Civil Veterinary Dept. Bombay admin report 1907-1913 - 1907-1913
Year: 1907
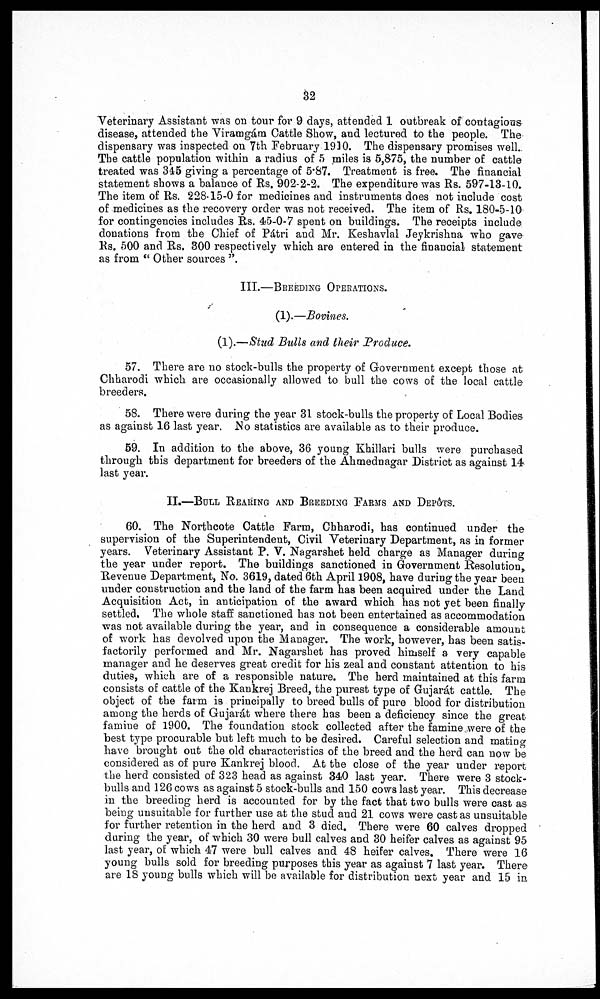
32
Veterinary Assistant was on tour for 9 days, attended 1 outbreak of contagious
disease, attended the Viramgám Cattle Show, and lectured to the people. The
dispensary was inspected on 7th February 1910. The dispensary promises well.
The cattle population within a radius of 5 miles is 5,875, the number of cattle
treated was 345 giving a percentage of 5.87. Treatment is free. The financial
statement shows a balance of Rs. 902-2-2. The expenditure was Rs. 597-13-10.
The item of Rs. 228-15-0 for medicines and instruments does not include cost
of medicines as the recovery order was not received. The item of Rs. 180-5-10
for contingencies includes Rs. 45-0-7 spent on buildings. The receipts include
donations from the Chief of Pátri and Mr. Keshavlal Jeykrishna who gave
Rs. 500 and Rs. 300 respectively which are entered in the financial statement
as from " Other sources ".
III.—BREEDING OPERATIONS.
(1).—Bovines.
(1).—Skid Bulls and their Produce.
57. There are no stock-bulls the property of Government except those at
Chharodi which are occasionally allowed to bull the cows of the local cattle
breeders.
58. There were during the year 31 stock-bulls the property of Local Bodies
as against 16 last year. No statistics are available as to their produce.
59. In addition to the above, 36 young Khillari bulls were purchased
through this department for breeders of the Ahmednagar District as against 14
last year.
II.—BULL REARING AND BREEDING FARMS AND DEPÔTS.
60. The Northcote Cattle Farm, Chharodi, has continued under the
supervision of the Superintendent, Civil Veterinary Department, as in former
years. Veterinary Assistant P. V. Nagarshet held charge as Manager during
the year under report. The buildings sanctioned in Government Resolution,
Revenue Department, No. 3619, dated 6th April 1908, have during the year been
under construction and the land of the farm has been acquired under the Land
Acquisition Act, in anticipation of the award which has not yet been finally
settled. The whole staff sanctioned has not been entertained as accommodation
was not available during the year, and in consequence a considerable amount
of work has devolved upon the Manager. The work, however, has been satis-
factorily performed and Mr. Nagarshet has proved himself a very capable
manager and he deserves great credit for his zeal and constant attention to his
duties, which are of a responsible nature. The herd maintained at this farm
consists of cattle of the Kankrej Breed, the purest type of Gujarát cattle. The
object of the farm is principally to breed bulls of pure blood for distribution
among the herds of Gujarat where there has been a deficiency since the great
famine of 1900. The foundation stock collected after the famine were of the
best type procurable but left much to be desired. Careful selection and mating
have brought out the old characteristics of the breed and the herd can now be
considered as of pure Kankrej blood. At the close of the year under report
the herd consisted of 323 head as against 340 last year. There were 3 stock-
bulls and 126 cows as against 5 stock-bulls and 150 cows last year. This decrease
in the breeding herd is accounted for by the fact that two bulls were cast as
being unsuitable for further use at the stud and 21 cows were cast as unsuitable
for further retention in the herd and 3 died. There were 60 calves dropped
during the year, of which 30 were bull calves and 30 heifer calves as against 95
last year, of which 47 were bull calves and 48 heifer calves. There were 16
young bulls sold for breeding purposes this year as against 7 last year. There
are 18 young bulls which will be available for distribution next year and 15 in